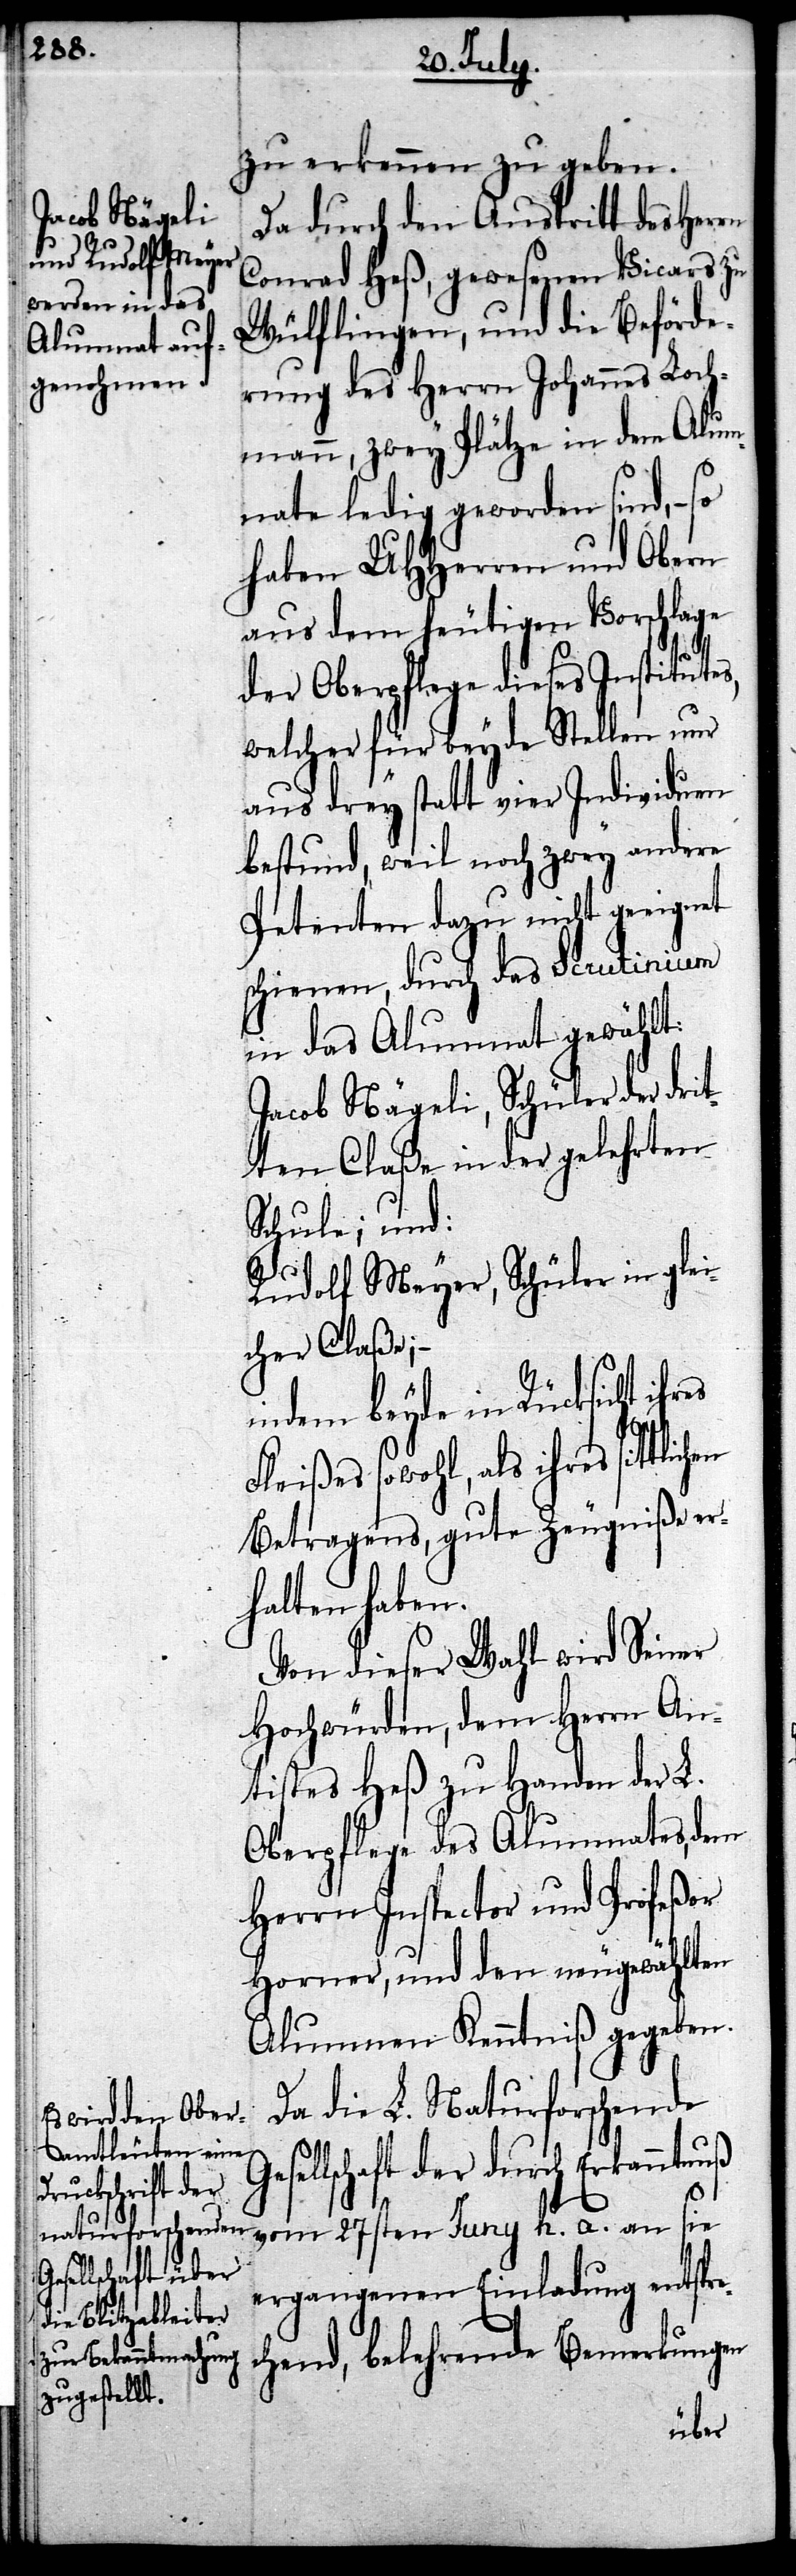
Gesellschaft der

zu erkennen zu geben.
Da durch den Austritt des Herrn
Conrad Heß, gewesenen Vicars zu
Wülflingen, und die Beförde¬
rung des Herrn Johannes Loch¬
mann, zwey Plätze in den Alum¬
nate ledig geworden sind, –
haben UHHerren und Obern
aus dem heutigen Vorschlage
der Oberpflege dieses Institutes,
welcher für beyde Stellen nur
aus drey statt vier Individuen
bestunt, weil noch zwey andere
Petenten dazu nicht geeignet
schienen, durch das scrutinium
in das Alumnat gewählt:
Jacob Nägeli, Schüler der drit¬
ten Claße in der gelehrten
Schule; und:
Rudolf Meyer, Schüler in glei¬
cher Claße; –
indem beyde in Rücksicht
Fleißes sowohl, als ihres
Betragens, gute Zeugniße er¬
halten haben.
Von dieser Wahl wird Seiner
Hochwürden, dem Herrn An¬
tistes Heß zu Handen der L.
Oberpflege des Alumnates, dem
Herrn Inspector und Profeßor
Horner, und den neugewählten
Alumnen Kenntniß gegeben.
Da die L. Naturforschende
durch Erkanntnuß
vom 27sten Juny h. a. an sie
ergangenen Einladung entspre¬
chend, belehrende Bemerkungen